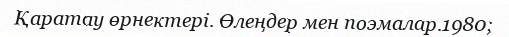
Қаратау өрнектері. Өлеңдер мен поэмалар.1980;